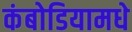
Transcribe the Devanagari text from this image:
कंबोडियामधे